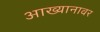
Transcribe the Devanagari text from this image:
आख्यानावर